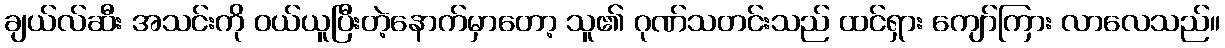
ချယ်လ်ဆီး အသင်းကို ဝယ်ယူပြီးတဲ့နောက်မှာတော့ သူ၏ ဂုဏ်သတင်းသည် ထင်ရှား ကျော်ကြား လာလေသည်။